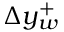
\Delta y _ { w } ^ { + }